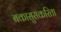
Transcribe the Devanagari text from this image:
बकासुराकरिता